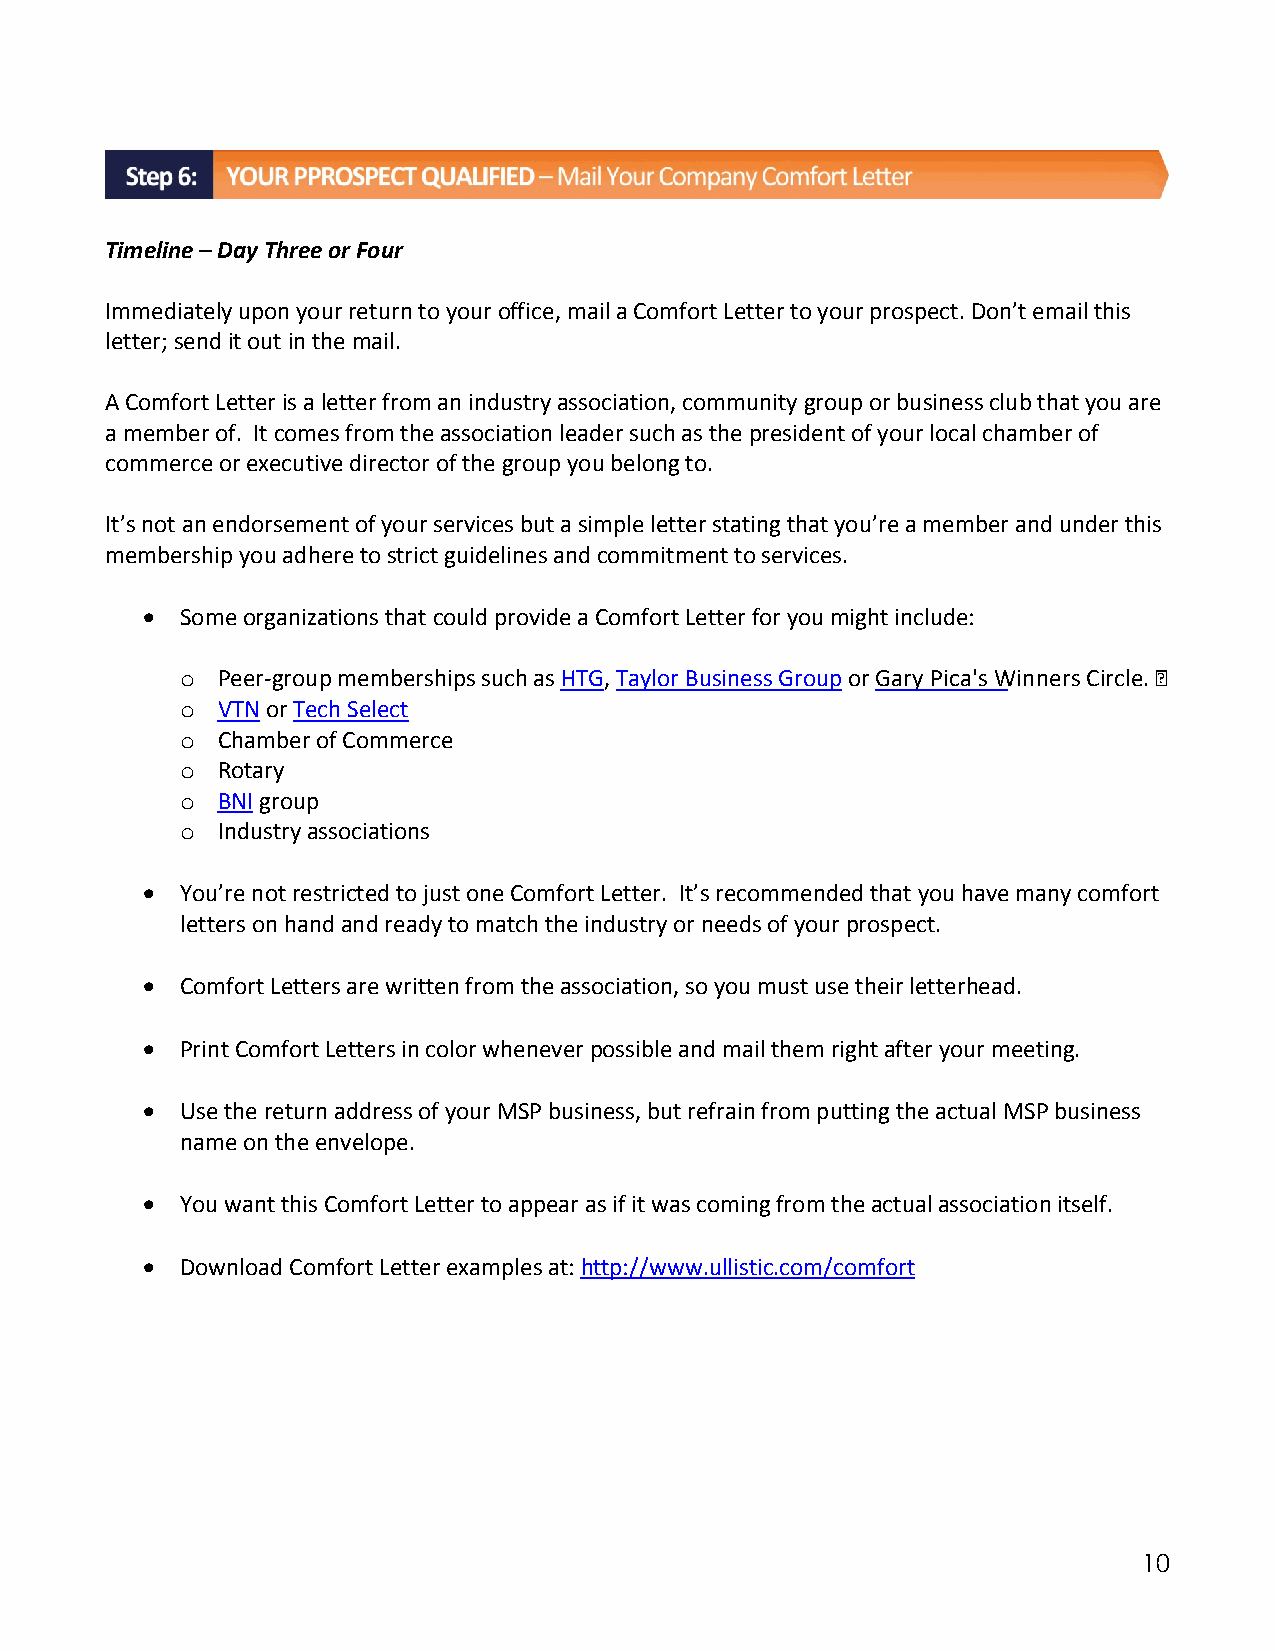
Timeline – Day Three or Four
 Immediately upon your return to your office, mail a Comfort Letter to your prospect. Don’t email this
 letter; send it out in the mail.
 A Comfort Letter is a letter from an industry association, community group or business club that you are
 a member of. It comes from the association leader such as the president of your local chamber of
 commerce or executive director of the group you belong to.
 It’s not an endorsement of your services but a simple letter stating that you’re a member and under this
 membership you adhere to strict guidelines and commitment to services.
   Some organizations that could provide a Comfort Letter for you might include:
 o Peer‐group memberships such as HTG, Taylor Business Group or GaryPica's Winners Circle.
 o VTN or Tech Select
 o Chamber of Commerce
 o Rotary
 o BNI group
 o Industry associations
   You’re not restricted to just one Comfort Letter. It’s recommended that you have many comfort
 letters on hand and ready to match the industry or needs of your prospect.
   Comfort Letters are written from the association, so you must use their letterhead.
   Print Comfort Letters in color whenever possible and mail them right after your meeting.
   Use the return address of your MSP business, but refrain from putting the actual MSP business
 name on the envelope.
   You want this Comfort Letter to appear as if it was coming from the actual association itself.
   Download Comfort Letter examples at: http://www.ullistic.com/comfort
 10